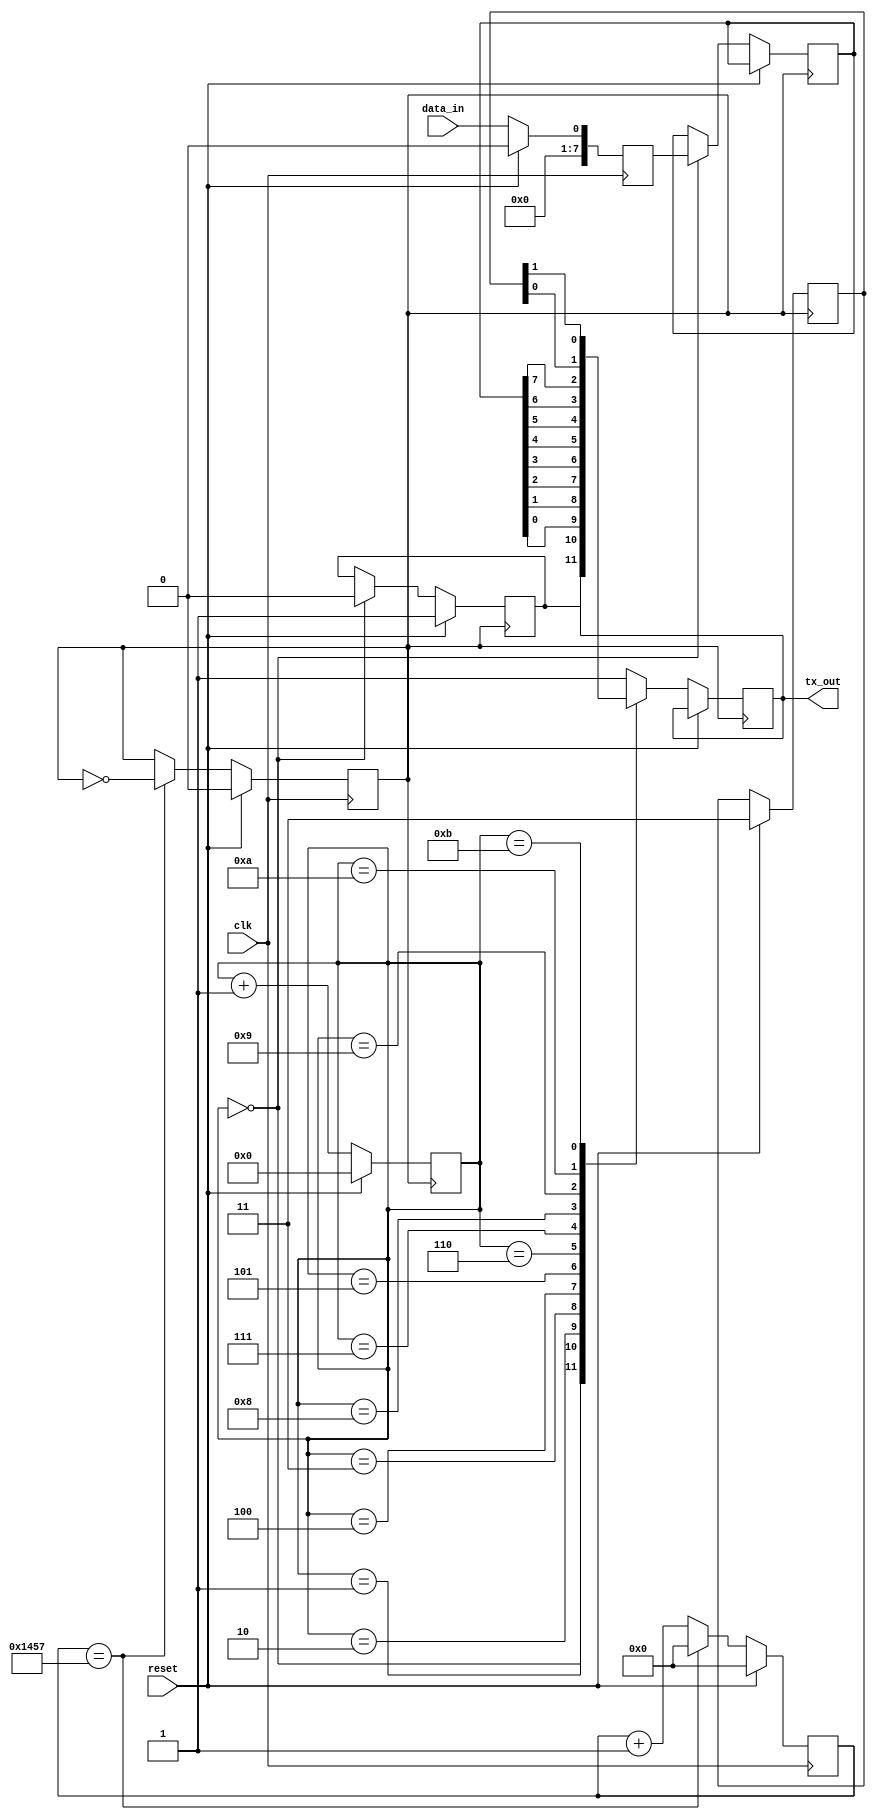
module UART_Transmitter(
    input wire clk,
    input wire reset,
    input wire data_in,
    output reg tx_out
);

// Data Buffer
reg [7:0] data_buffer;

// Baud Rate Generator
parameter BAUD_RATE = 9600; // Default baud rate
reg [15:0] baud_counter;
reg baud_clk;

always @(posedge clk) begin
    if (reset) begin
        baud_clk <= 0;
        baud_counter <= 0;
    end else begin
        if (baud_counter == (50000000/BAUD_RATE)-1) begin
            baud_counter <= 0;
            baud_clk <= ~baud_clk;
        end else begin
            baud_counter <= baud_counter + 1;
        end
    end
end

// Data Serializer
reg [7:0] data_to_tx;
reg [3:0] serial_counter;
reg start_bit;
reg [1:0] stop_bits;

always @(posedge baud_clk) begin
    if (reset) begin
        serial_counter <= 0;
        start_bit <= 1;
        stop_bits <= 2'b11;
    end else begin
        case(serial_counter)
            0: begin
                start_bit <= 0;
                data_to_tx <= data_buffer;
            end
            1: begin
                tx_out <= start_bit;
            end
            2: begin
                tx_out <= data_to_tx[0];
            end
            3: begin
                tx_out <= data_to_tx[1];
            end
            4: begin
                tx_out <= data_to_tx[2];
            end
            5: begin
                tx_out <= data_to_tx[3];
            end
            6: begin
                tx_out <= data_to_tx[4];
            end
            7: begin
                tx_out <= data_to_tx[5];
            end
            8: begin
                tx_out <= data_to_tx[6];
            end
            9: begin
                tx_out <= data_to_tx[7];
            end
            10: begin
                tx_out <= stop_bits[0];
            end
            11: begin
                tx_out <= stop_bits[1];
            end
            default: begin
                tx_out <= 1;
            end
        endcase
        serial_counter <= serial_counter + 1;
    end
end

// Control Logic
always @(posedge clk) begin
    if (reset) begin
        data_buffer <= 8'b00000000;
    end else begin
        data_buffer <= data_in;
    end
end

endmodule